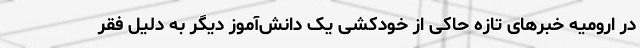
در ارومیه خبرهای تازه حاکی از خودکشی یک دانش‌آموز دیگر به دلیل فقر